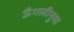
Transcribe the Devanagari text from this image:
ऊँगलीनुमा